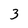
Character: 3